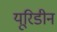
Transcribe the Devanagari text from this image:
यूरिडीन